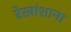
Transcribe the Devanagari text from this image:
रेखांशाना